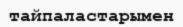
тайпаластарымен